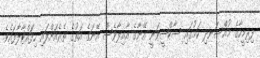
ފިރިމީހާގެ މުއްސަނދި ކަމުގައި ސާކްޝީވަނީ އޭނާގެ އާއިލާވެސް އޭނަގެ އަތުގެ ތެރެއަށްލައި ހިފަައްޓާލާފައެވެ.